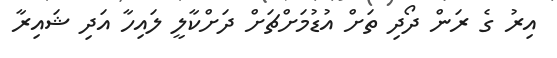
އިރު ގެ ރަން ދޯދި ތަށް އުޑުމަށްޗަށް ދަށްކާލީ ލައިހާ އަދި ޝައިރާ